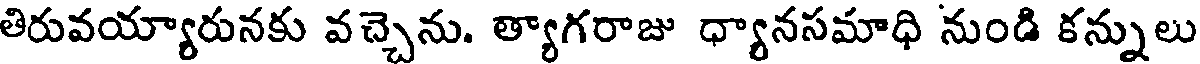
తిరువయ్యారునకు వచ్చెను. త్యాగరాజు ధ్యానసమాధి నుండి కన్నులు